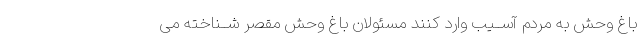
باغ وحش به مردم آســیب وارد کنند مسئولان باغ وحش مقصر شــناخته مى